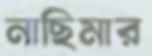
নাছিমার